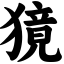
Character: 獍